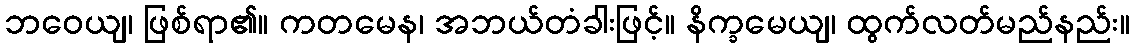
ဘဝေယျ၊ ဖြစ်ရာ၏။ ကတမေန၊ အဘယ်တံခါးဖြင့်။ နိက္ခမေယျ၊ ထွက်လတ်မည်နည်း။